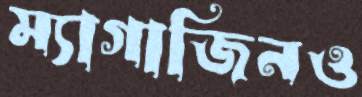
ম্যাগাজিনও